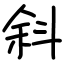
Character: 斜